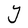
Character: Y